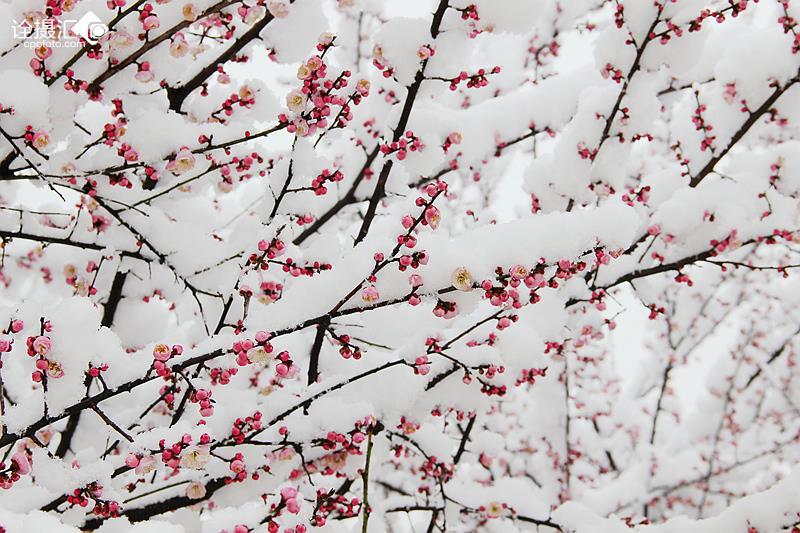
烧痕惨淡带昏鸦，数尽寒梅未见花。